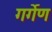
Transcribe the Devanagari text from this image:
गर्गेण